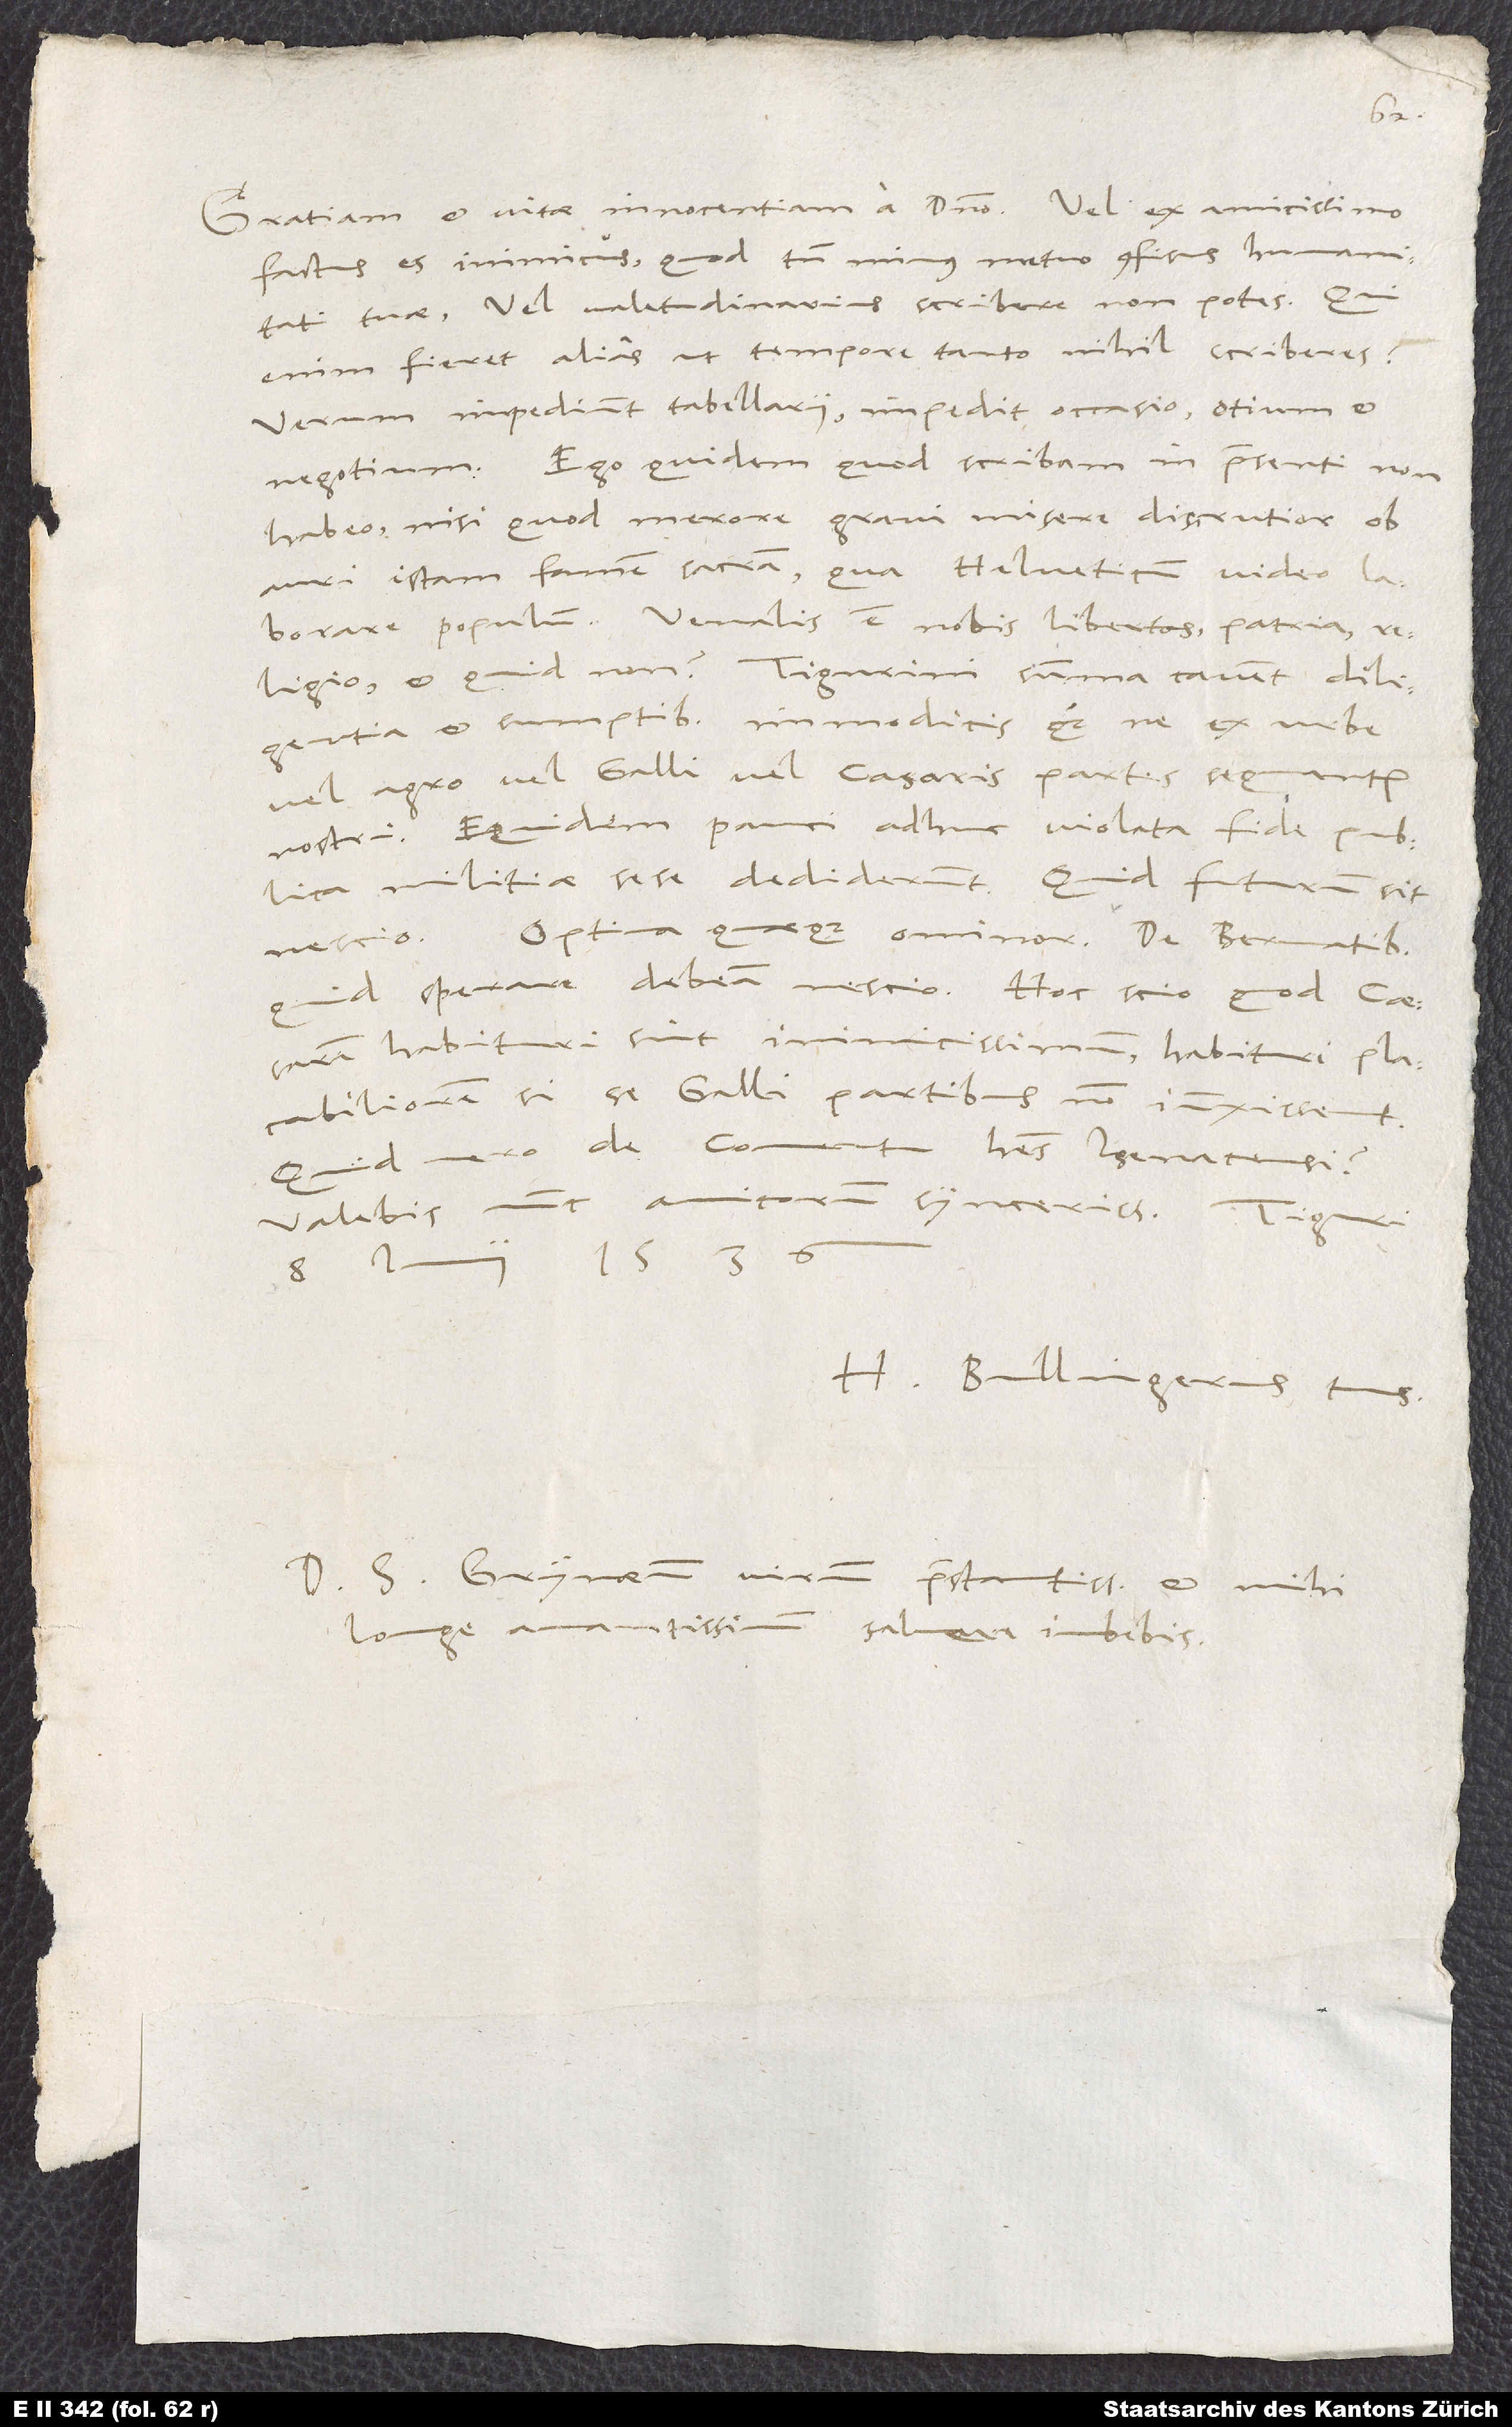
factus es inimicus, quod tamen minus metuo confisus humanitati
tuae, vel valetudinarius scribere non potes. Qui
enim fieret alias, ut tempore tanto nihil scriberes?
Verum impediunt tabellarii, impedit occasio, otium et
negotium. Ego quidem, quod scribam, in praesenti non
habeo, nisi quod merore gravi misere discrutior ob
auri istam famem sacram, qua Helveticum video laborare
populum. Venalis est nobis libertas, patria,
religio, et quid non? Tigurini summa cavent diligentia
et sumptibus immodicis quoque, ne ex urbe
vel agro vel Galli vel caesaris partes sequantur
nostri. Equidem pauci adhuc violata fide publica
militiae sese dediderunt. Quid futurum sit,
nescio. Optima quaeque ominor. De Bernatibus
quid sperare debeam, nescio. Hoc scio, quod caesarern
habituri sint inimicissimum, habituri placabiliorem,
Quid vero de conventu habes Isenacensi?
Valebis nunc, amicorum syncerissime.
8. iunii 1536.
H. Bullingerus tuus.
Dominum Simonem Grynaeum, virum praestantissimum et mihi
longe amantissimum, salvere iubebis.